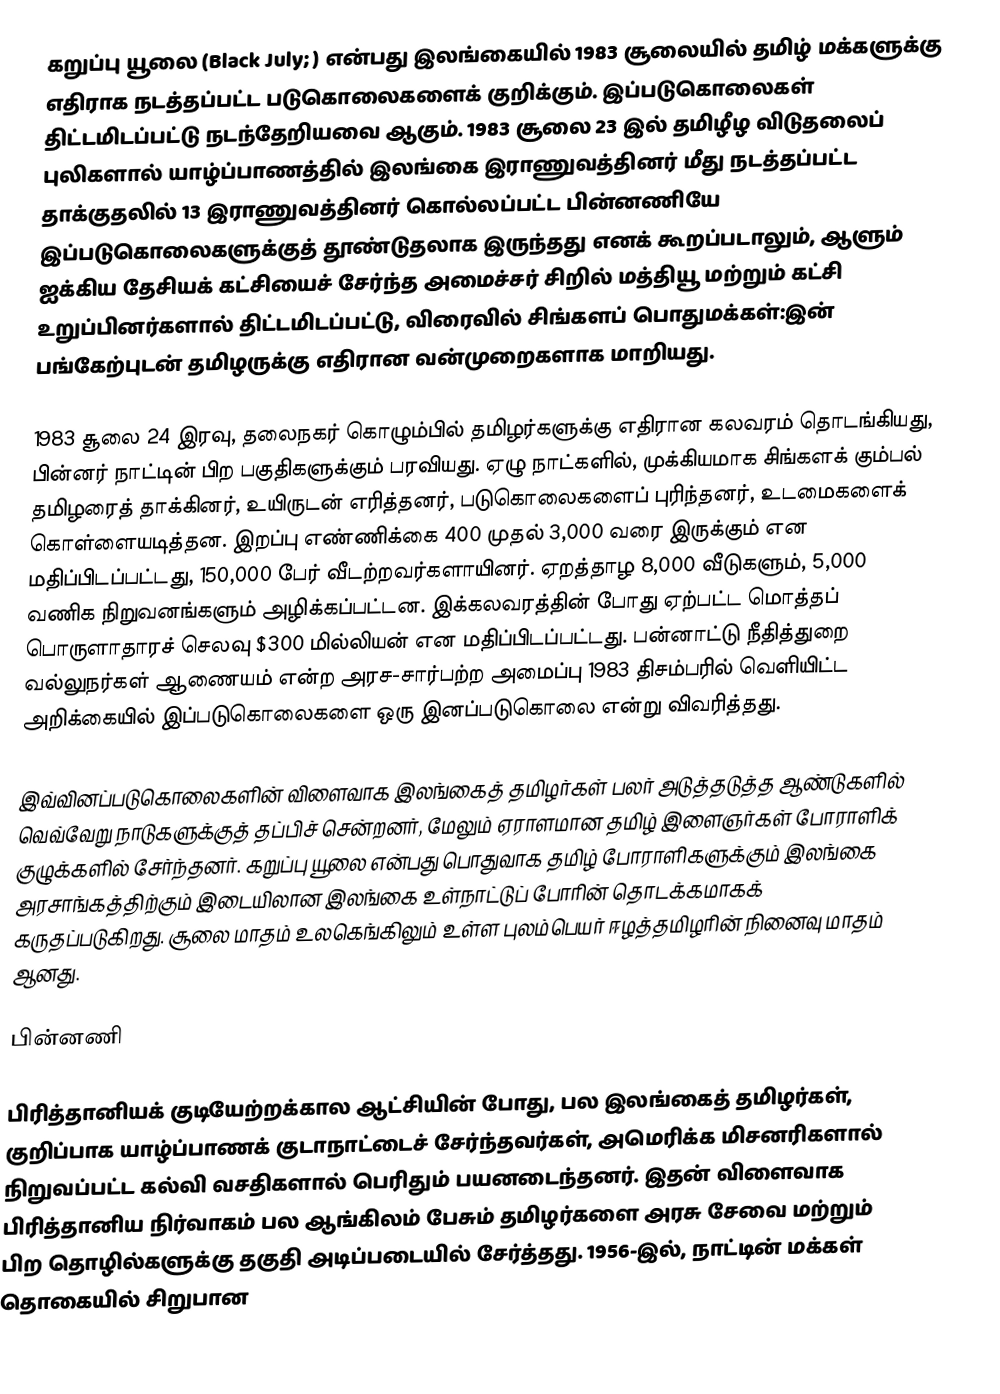
கறுப்பு யூலை (Black July; ) என்பது இலங்கையில் 1983 சூலையில் தமிழ் மக்களுக்கு எதிராக நடத்தப்பட்ட படுகொலைகளைக் குறிக்கும். இப்படுகொலைகள் திட்டமிடப்பட்டு நடந்தேறியவை ஆகும். 1983 சூலை 23 இல் தமிழீழ விடுதலைப் புலிகளால் யாழ்ப்பாணத்தில் இலங்கை இராணுவத்தினர் மீது நடத்தப்பட்ட தாக்குதலில் 13 இராணுவத்தினர் கொல்லப்பட்ட பின்னணியே இப்படுகொலைகளுக்குத் தூண்டுதலாக இருந்தது எனக் கூறப்படாலும், ஆளும் ஐக்கிய தேசியக் கட்சியைச் சேர்ந்த அமைச்சர் சிறில் மத்தியூ மற்றும் கட்சி உறுப்பினர்களால் திட்டமிடப்பட்டு, விரைவில் சிங்களப் பொதுமக்கள்:இன் பங்கேற்புடன் தமிழருக்கு எதிரான வன்முறைகளாக மாறியது.

1983 சூலை 24 இரவு, தலைநகர் கொழும்பில் தமிழர்களுக்கு எதிரான கலவரம் தொடங்கியது, பின்னர் நாட்டின் பிற பகுதிகளுக்கும் பரவியது. ஏழு நாட்களில், முக்கியமாக சிங்களக் கும்பல் தமிழரைத் தாக்கினர், உயிருடன் எரித்தனர், படுகொலைகளைப் புரிந்தனர், உடமைகளைக் கொள்ளையடித்தன. இறப்பு எண்ணிக்கை 400 முதல் 3,000 வரை இருக்கும் என மதிப்பிடப்பட்டது, 150,000 பேர் வீடற்றவர்களாயினர். ஏறத்தாழ 8,000 வீடுகளும், 5,000 வணிக நிறுவனங்களும் அழிக்கப்பட்டன. இக்கலவரத்தின் போது ஏற்பட்ட மொத்தப் பொருளாதாரச் செலவு $300 மில்லியன் என மதிப்பிடப்பட்டது. பன்னாட்டு நீதித்துறை வல்லுநர்கள் ஆணையம் என்ற அரச-சார்பற்ற அமைப்பு 1983 திசம்பரில் வெளியிட்ட அறிக்கையில் இப்படுகொலைகளை ஒரு இனப்படுகொலை என்று விவரித்தது.

இவ்வினப்படுகொலைகளின் விளைவாக இலங்கைத் தமிழர்கள் பலர் அடுத்தடுத்த ஆண்டுகளில் வெவ்வேறு நாடுகளுக்குத் தப்பிச் சென்றனர், மேலும் ஏராளமான தமிழ் இளைஞர்கள் போராளிக் குழுக்களில் சேர்ந்தனர். கறுப்பு யூலை என்பது பொதுவாக தமிழ் போராளிகளுக்கும் இலங்கை அரசாங்கத்திற்கும் இடையிலான இலங்கை உள்நாட்டுப் போரின் தொடக்கமாகக் கருதப்படுகிறது. சூலை மாதம் உலகெங்கிலும் உள்ள புலம்பெயர் ஈழத்தமிழரின் நினைவு மாதம் ஆனது.

பின்னணி

பிரித்தானியக் குடியேற்றக்கால ஆட்சியின் போது, பல இலங்கைத் தமிழர்கள், குறிப்பாக யாழ்ப்பாணக் குடாநாட்டைச் சேர்ந்தவர்கள், அமெரிக்க மிசனரிகளால் நிறுவப்பட்ட கல்வி வசதிகளால் பெரிதும் பயனடைந்தனர். இதன் விளைவாக பிரித்தானிய நிர்வாகம் பல ஆங்கிலம் பேசும் தமிழர்களை அரசு சேவை மற்றும் பிற தொழில்களுக்கு தகுதி அடிப்படையில் சேர்த்தது. 1956-இல், நாட்டின் மக்கள் தொகையில் சிறுபான